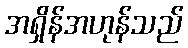
အရှိန်အဟုန်သည်